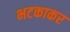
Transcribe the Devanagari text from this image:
भटकाकर